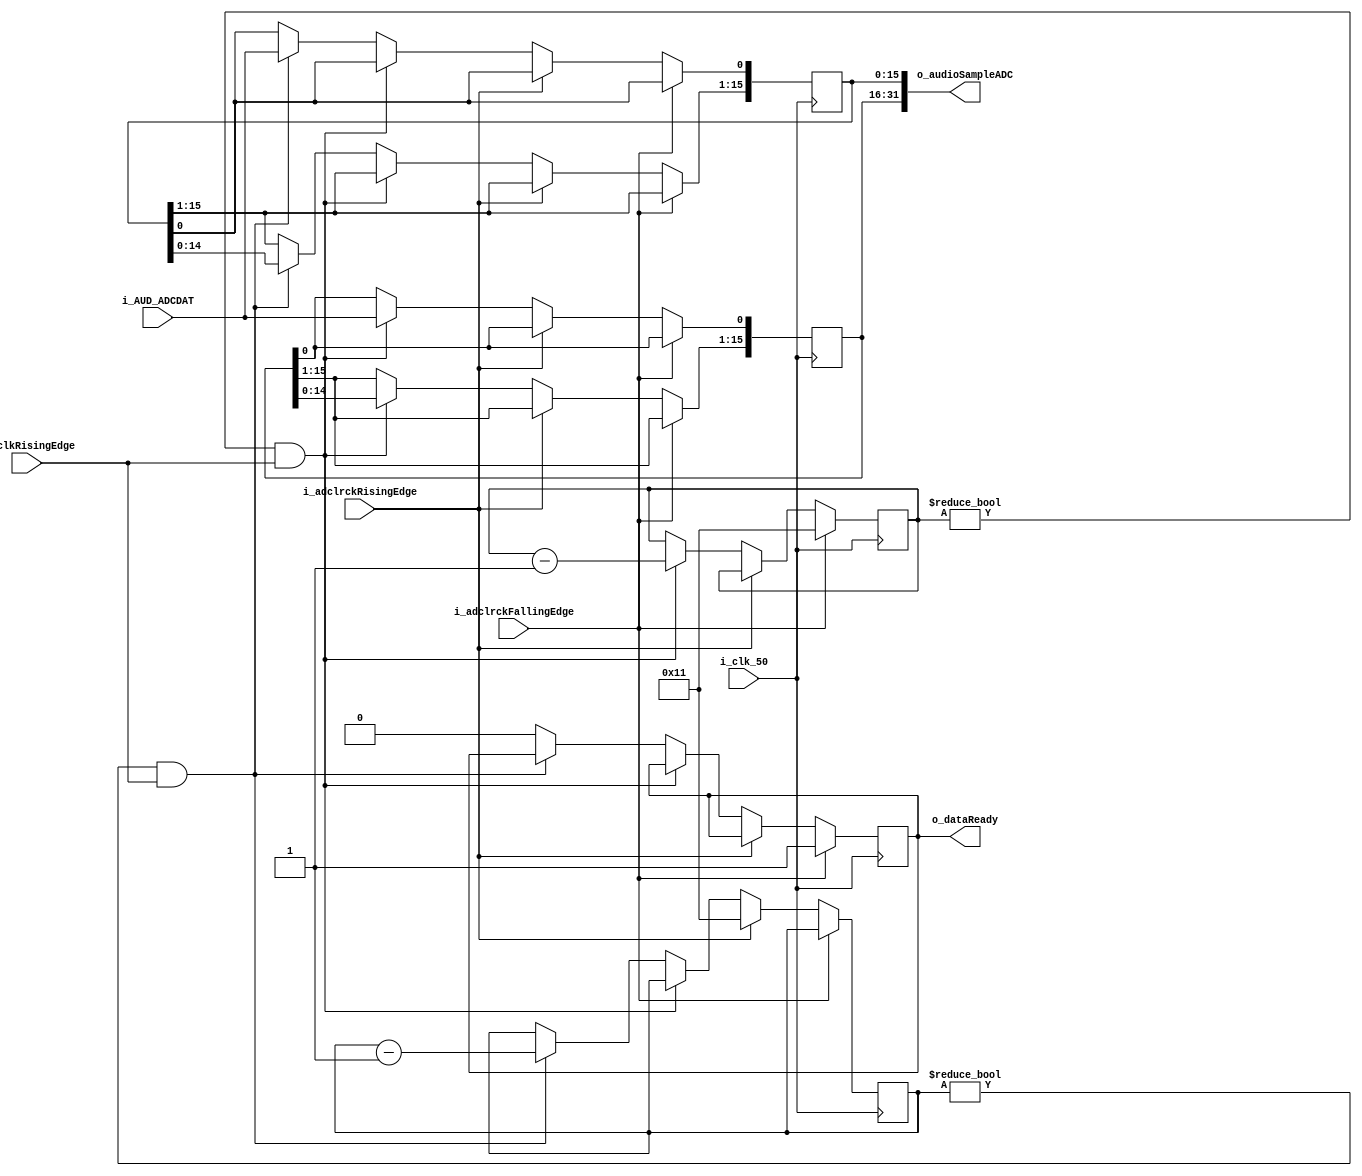
// --------------------------------------------------------------------
// CODEC ADC interface
// Copyright (c) 2016 Evergreen Embedded Development Inc.
// Written by Gregg Guarino Ph.D.
// February 27, 2016
// --------------------------------------------------------------------

`timescale 1 ns / 100 ps

module codec_adc_interface (i_clk_50,
                            i_AUD_ADCDAT,
                            i_adclrckFallingEdge,
                            i_adclrckRisingEdge,
                            i_bclkRisingEdge,
                            o_audioSampleADC,
                            o_dataReady );
  
  // Ports
  input i_clk_50;
  input i_AUD_ADCDAT;
  input i_adclrckFallingEdge;
  input i_adclrckRisingEdge;
  input i_bclkRisingEdge;
  output [31:0] o_audioSampleADC;
  output o_dataReady;
 
  // Internal signals
  reg  [15:0] shiftRegRight;
  reg  [15:0] shiftRegLeft;
  reg dataReady;
  reg [4:0] acquireLeft;
  reg [4:0] acquireRight;
  
  // Assignments
  assign o_audioSampleADC = {shiftRegLeft, shiftRegRight};
  assign o_dataReady = dataReady;

  // Load the shift register on the edge of DACLRC
  always @(posedge i_clk_50) begin
    if (i_adclrckFallingEdge) begin
      // Falling edge, left channel
      acquireLeft <= 5'd17;
      dataReady <= 1'b1;
    end
    else if (i_adclrckRisingEdge) begin
      // Rising edge, right channel
      acquireRight <= 5'd17;
    end
    else if ((acquireLeft != 5'd0) && i_bclkRisingEdge) begin
      acquireLeft <= acquireLeft - 5'd1;
      shiftRegLeft[0] <= i_AUD_ADCDAT;
      shiftRegLeft[15:1] <= shiftRegLeft[14:0];
    end
    else if ((acquireRight != 5'd0) && i_bclkRisingEdge) begin
      acquireRight <= acquireRight - 5'd1;
      shiftRegRight[0] <= i_AUD_ADCDAT;
      shiftRegRight[15:1] <= shiftRegRight[14:0];
    end
    else begin
      dataReady <= 1'b0;
    end
  end
  
endmodule